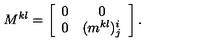
M ^ { k l } = \left[ \begin{array} { c c } { 0 } & { 0 } \\ { 0 } & { ( m ^ { k l } ) _ { j } ^ { i } } \\ \end{array} \right] .